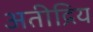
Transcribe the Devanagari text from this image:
अतीद्रिय